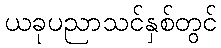
ယခုပညာသင်နှစ်တွင်